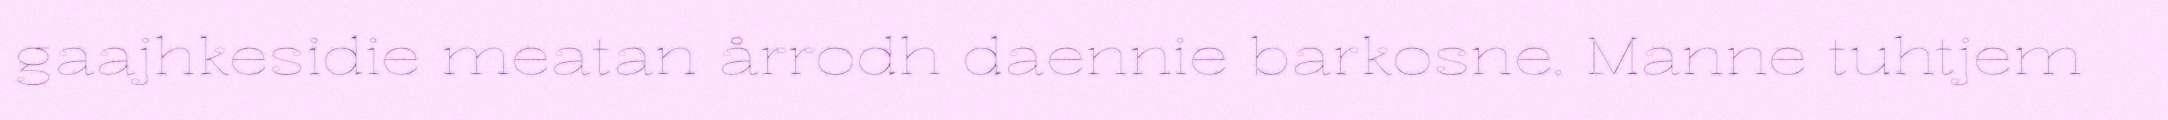
gaajhkesidie meatan årrodh daennie barkosne. Manne tuhtjem